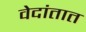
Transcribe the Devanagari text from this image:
वेदांतात